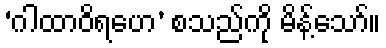
‘ဂါထာဝိရဟေ’ စသည်ကို မိန့်သော်။